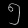
Digit: ၅